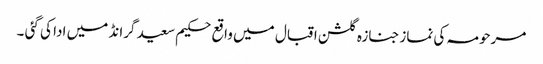
مرحومہ کی نمازجنازہ گلشن اقبال میں واقع حکیم سعید گرانڈ میں ادا کی گئی ۔